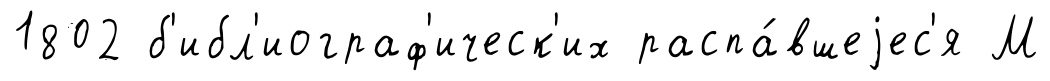
1802 б'ибл'иограф'ическ'их распа́вшеjес'я М